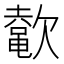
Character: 𬅲